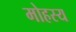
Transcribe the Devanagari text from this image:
मोहस्य